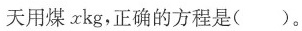
天用煤 xkg，正确的方程是( )。